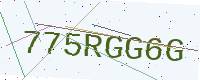
Text: 775RGG6G